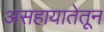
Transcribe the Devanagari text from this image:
असहायातेतून